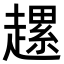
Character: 𧽲